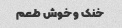
خنک و خوش طعم